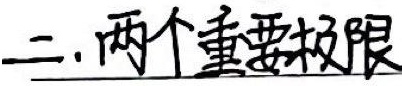
二. 两个重要极限